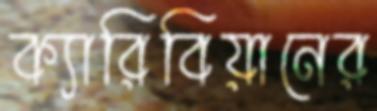
ক্যারিবিয়ানের